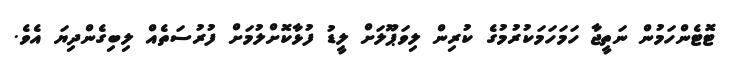
ޓޮޓެންހަމުން ނަތީޖާ ހަމަހަމަކުރުމުގެ ކުރިން ލިވަޕޫލަށް ލީޑު ފުޅާކޮށްލުމަށް ފުރުސަތެއް ލިބިގެންދިޔަ އެވެ.